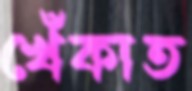
খেঁকাত